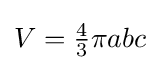
V={\tfrac {4}{3}}\pi abc